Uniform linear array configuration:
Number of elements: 64
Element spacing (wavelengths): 0.5
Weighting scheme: binomial
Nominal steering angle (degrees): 0
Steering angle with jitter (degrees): -1.462
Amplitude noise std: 0.05
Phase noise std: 0.05

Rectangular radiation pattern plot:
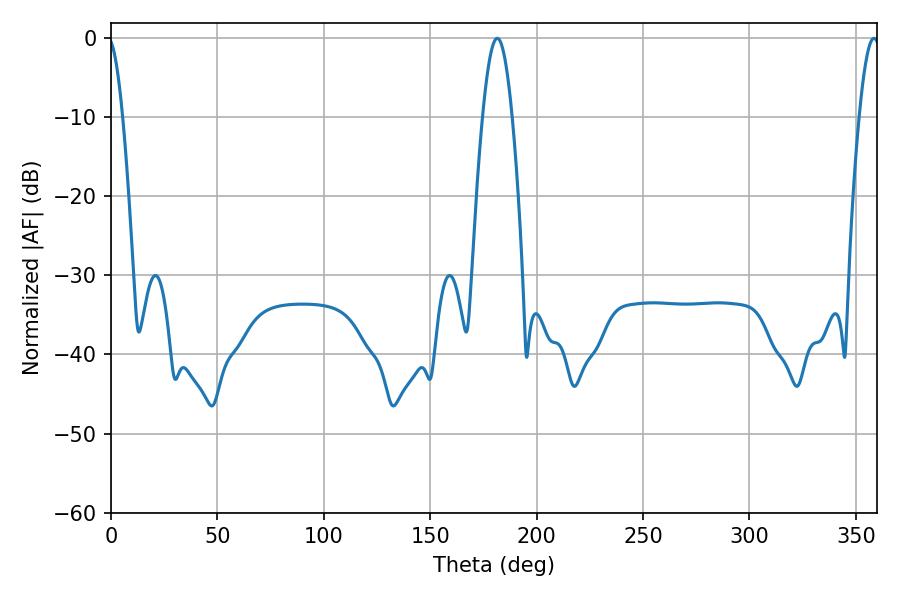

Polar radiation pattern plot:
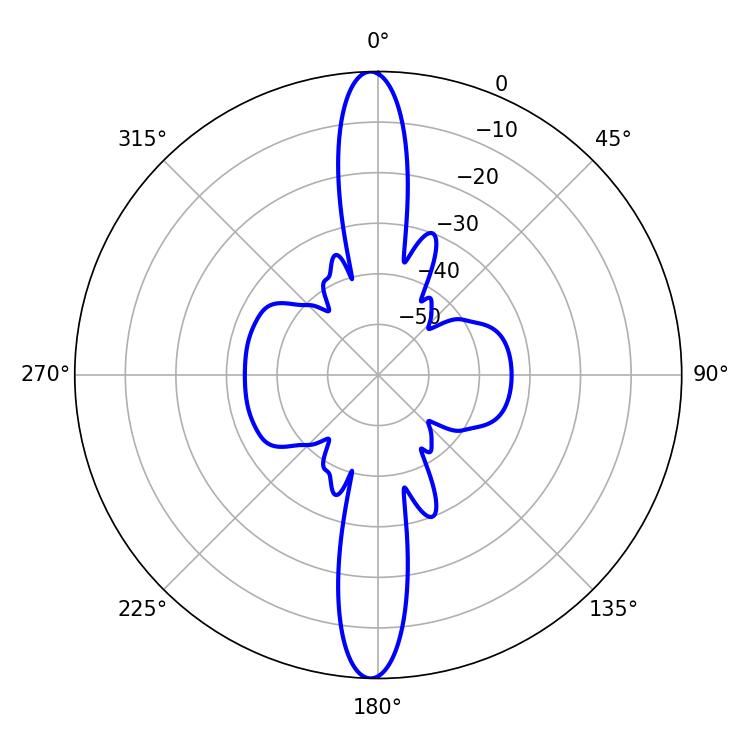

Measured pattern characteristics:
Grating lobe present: FALSE
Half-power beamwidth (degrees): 7.38
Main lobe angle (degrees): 181.44